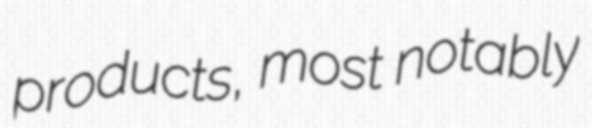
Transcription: products, most notably